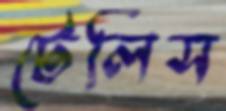
টেলিস